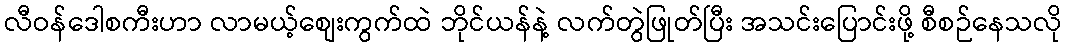
လီဝန်ဒေါစကီးဟာ လာမယ့်စျေးကွက်ထဲ ဘိုင်ယန်နဲ့ လက်တွဲဖြုတ်ပြီး အသင်းပြောင်းဖို့ စီစဉ်နေသလို